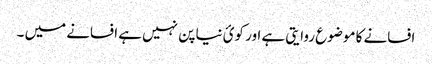
افسانے کا موضوع روایتی ہے اور کوئ نیا پن نہیں ہے افسانے میں ۔